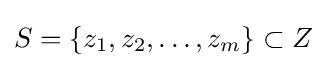
S=\{z_{1},z_{2},\dots ,z_{m}\}\subset Z